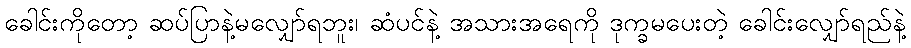
ခေါင်းကိုတော့ ဆပ်ပြာနဲ့မလျှော်ရဘူး၊ ဆံပင်နဲ့ အသားအရေကို ဒုက္ခမပေးတဲ့ ခေါင်းလျှော်ရည်နဲ့